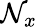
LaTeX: \mathcal{N}_{x}